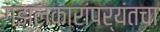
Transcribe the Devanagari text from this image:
गझलकारांपर्यंतचा